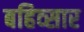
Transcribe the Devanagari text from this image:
बहिव्सार